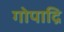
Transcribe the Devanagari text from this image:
गोपाद्रि